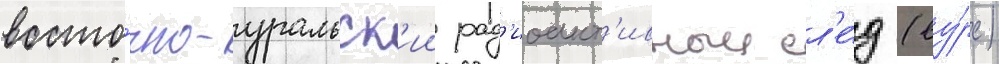
восто́чно-уральск'ии рад'иоакт'ивныи сл'е́д (ву́рс)